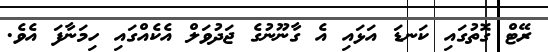
ރޭޓް ގޮތުގައި ކަނޑަ އަޅައި އެ ގާނޫނުގެ ޖަދުވަލް އެކެއްގައި ހިމަނާފަ އެވެ.